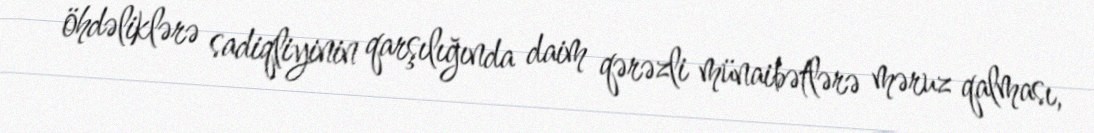
öhdəliklərə sadiqliyinin qarşılığında daim qərəzli münaibətlərə məruz qalması,